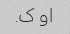
او ک.